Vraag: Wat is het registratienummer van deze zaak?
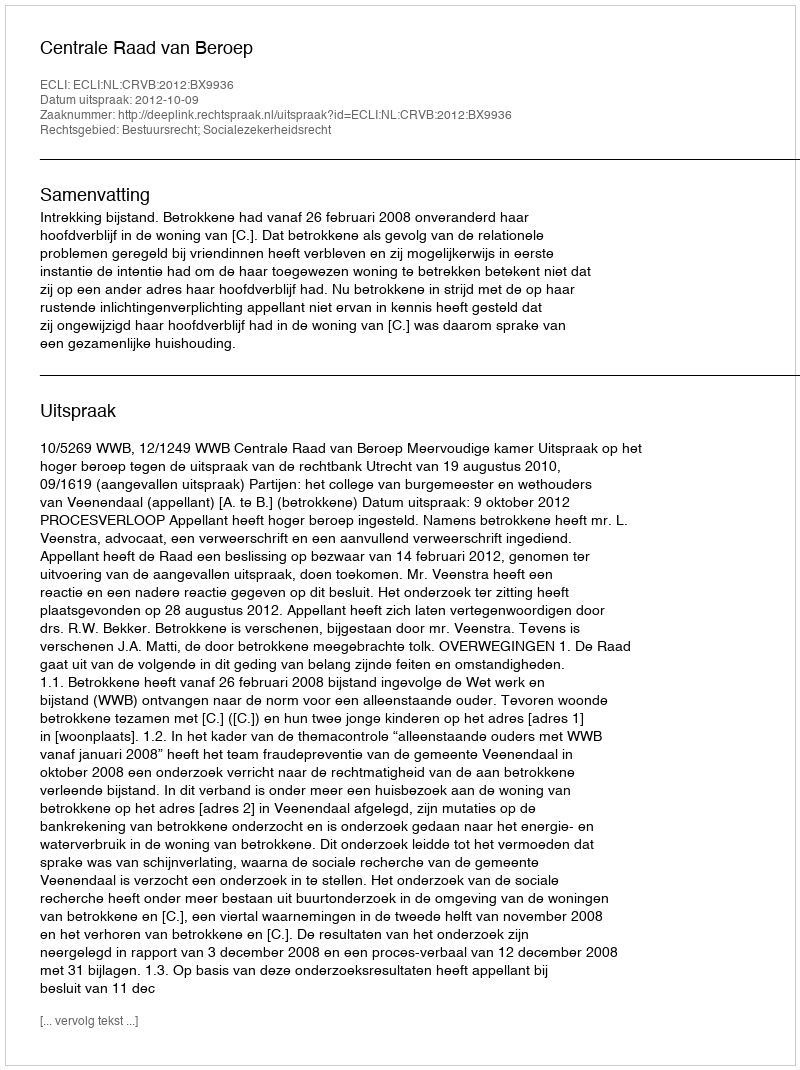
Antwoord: http://deeplink.rechtspraak.nl/uitspraak?id=ECLI:NL:CRVB:2012:BX9936